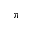
\pi